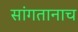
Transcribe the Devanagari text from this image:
सांगतानाच